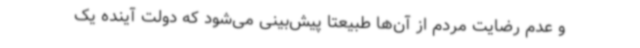
و عدم رضایت مردم از آن‌ها طبیعتا پیش‌بینی می‌شود که دولت آینده یک